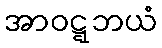
အာဝဋ္ဋဘယံ